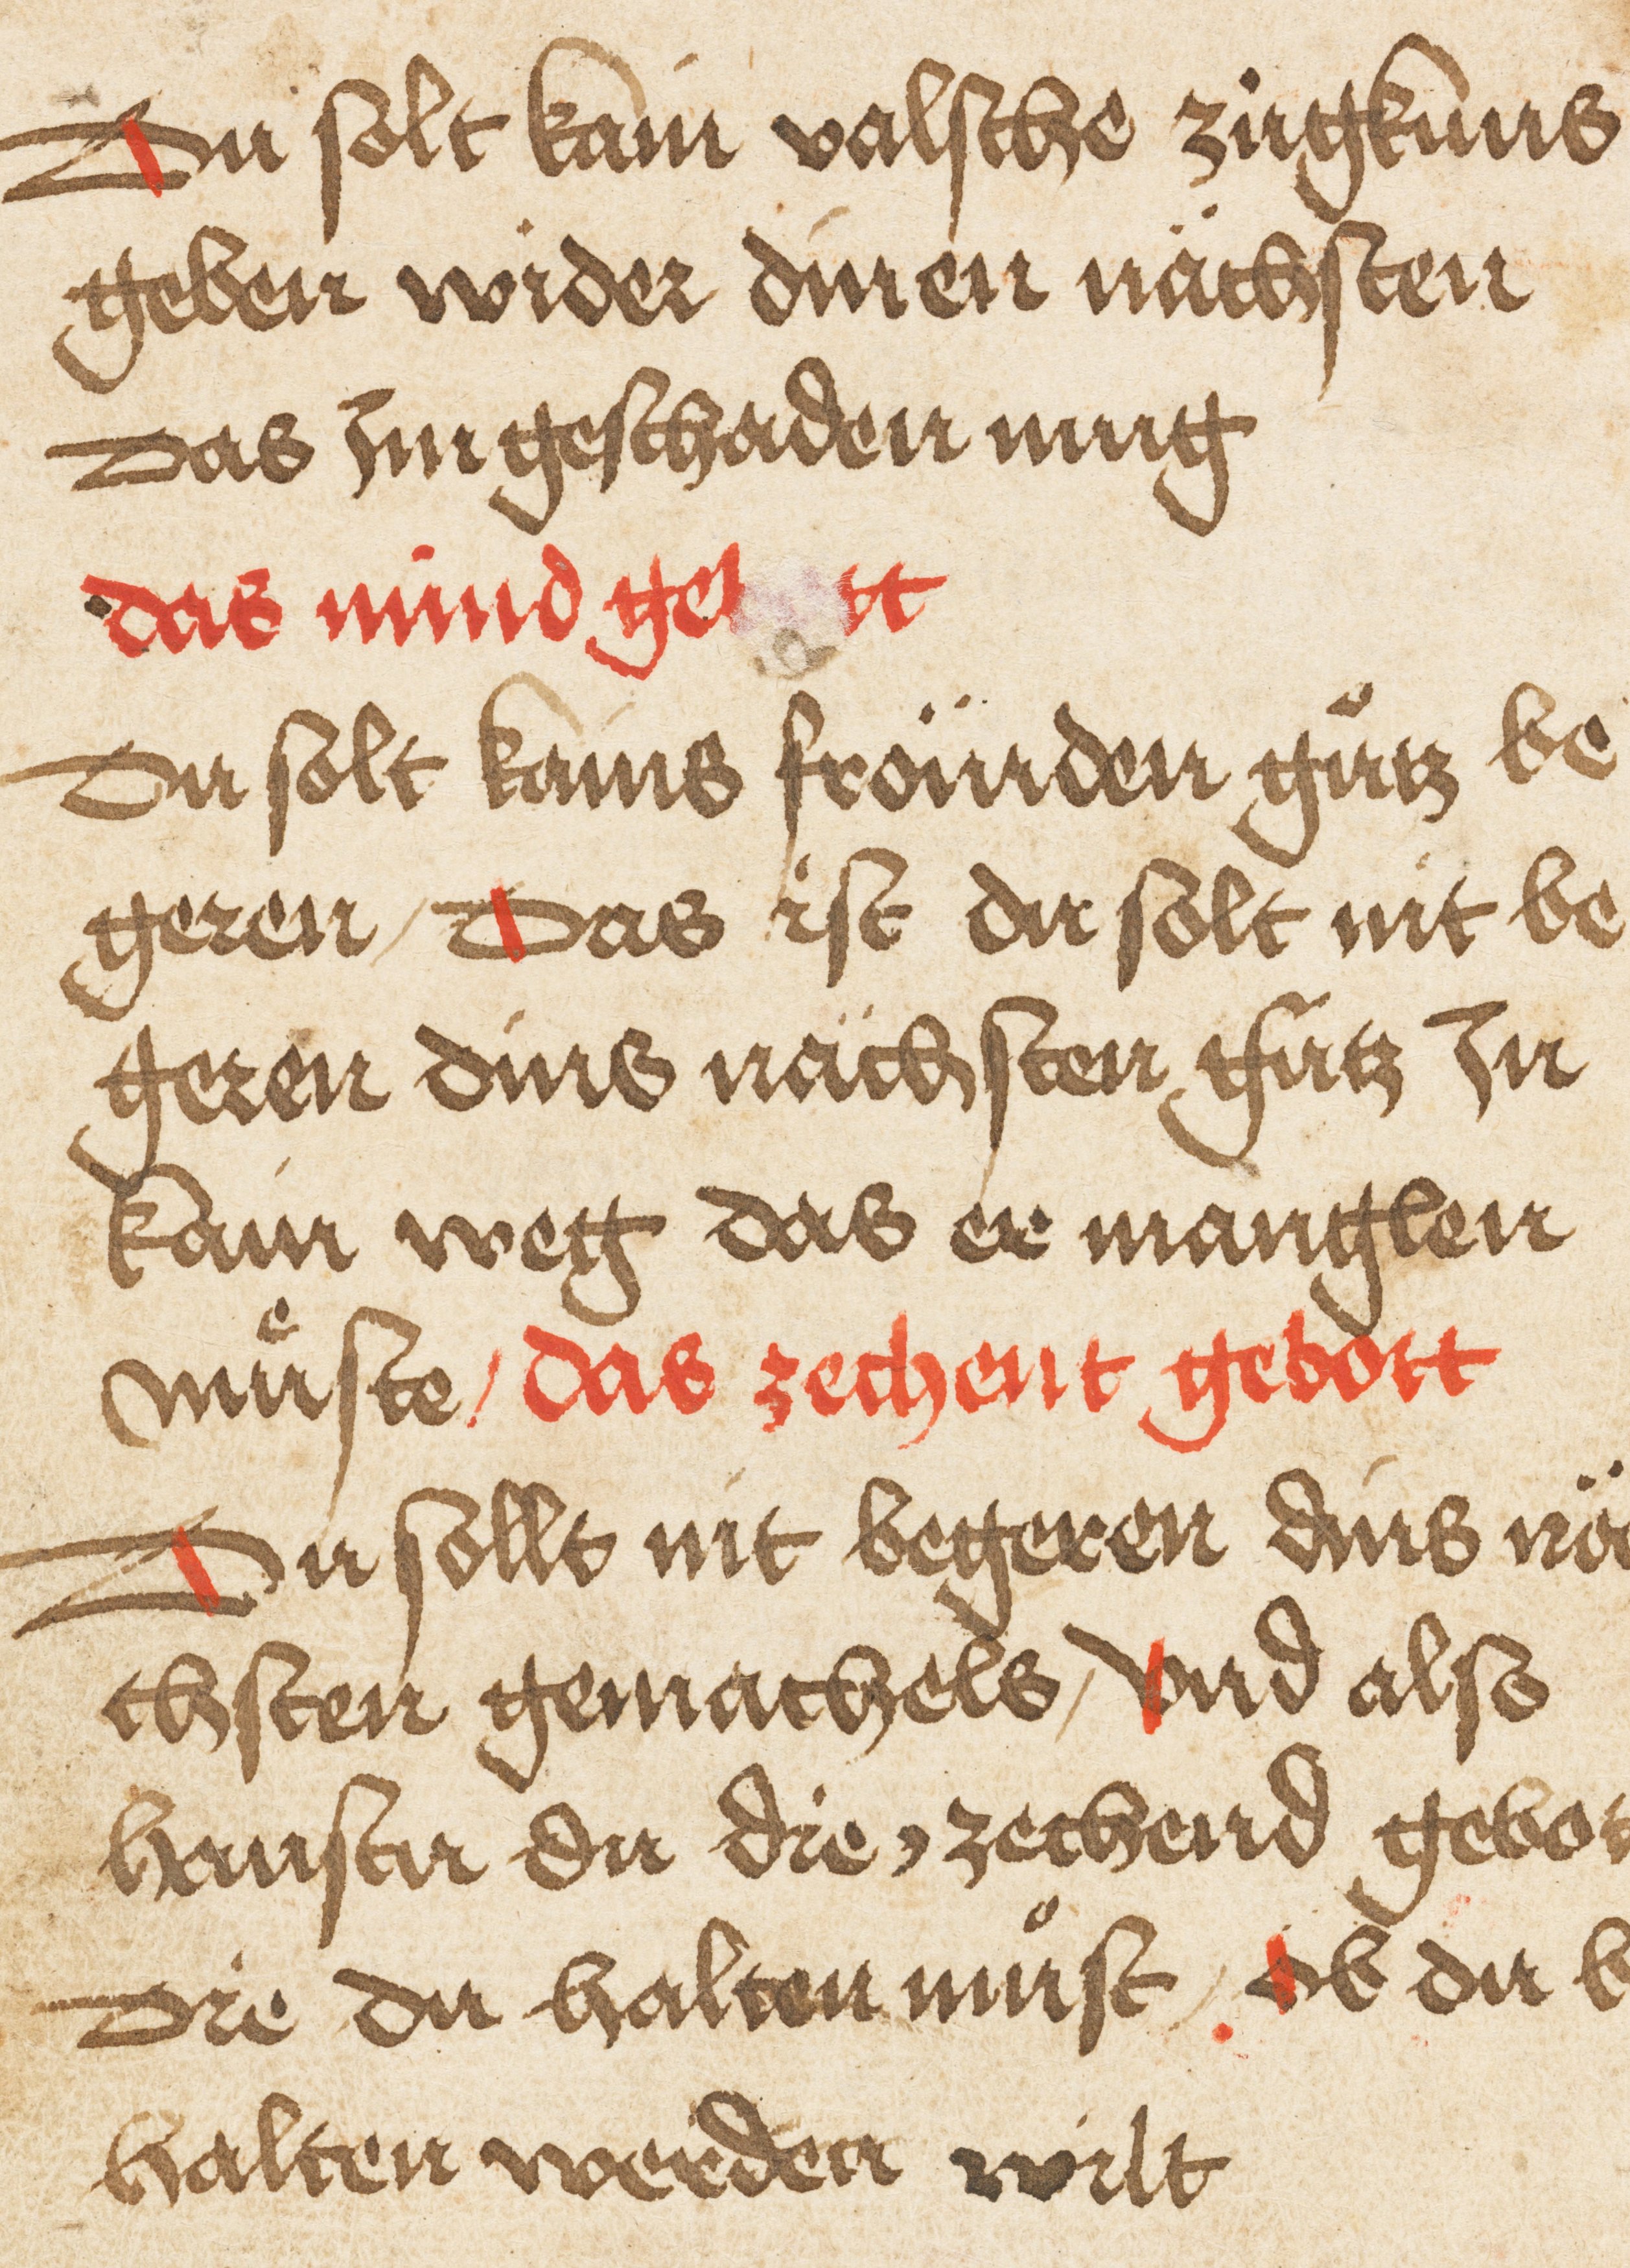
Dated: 1495–1495